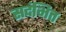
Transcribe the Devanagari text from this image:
सदंभित